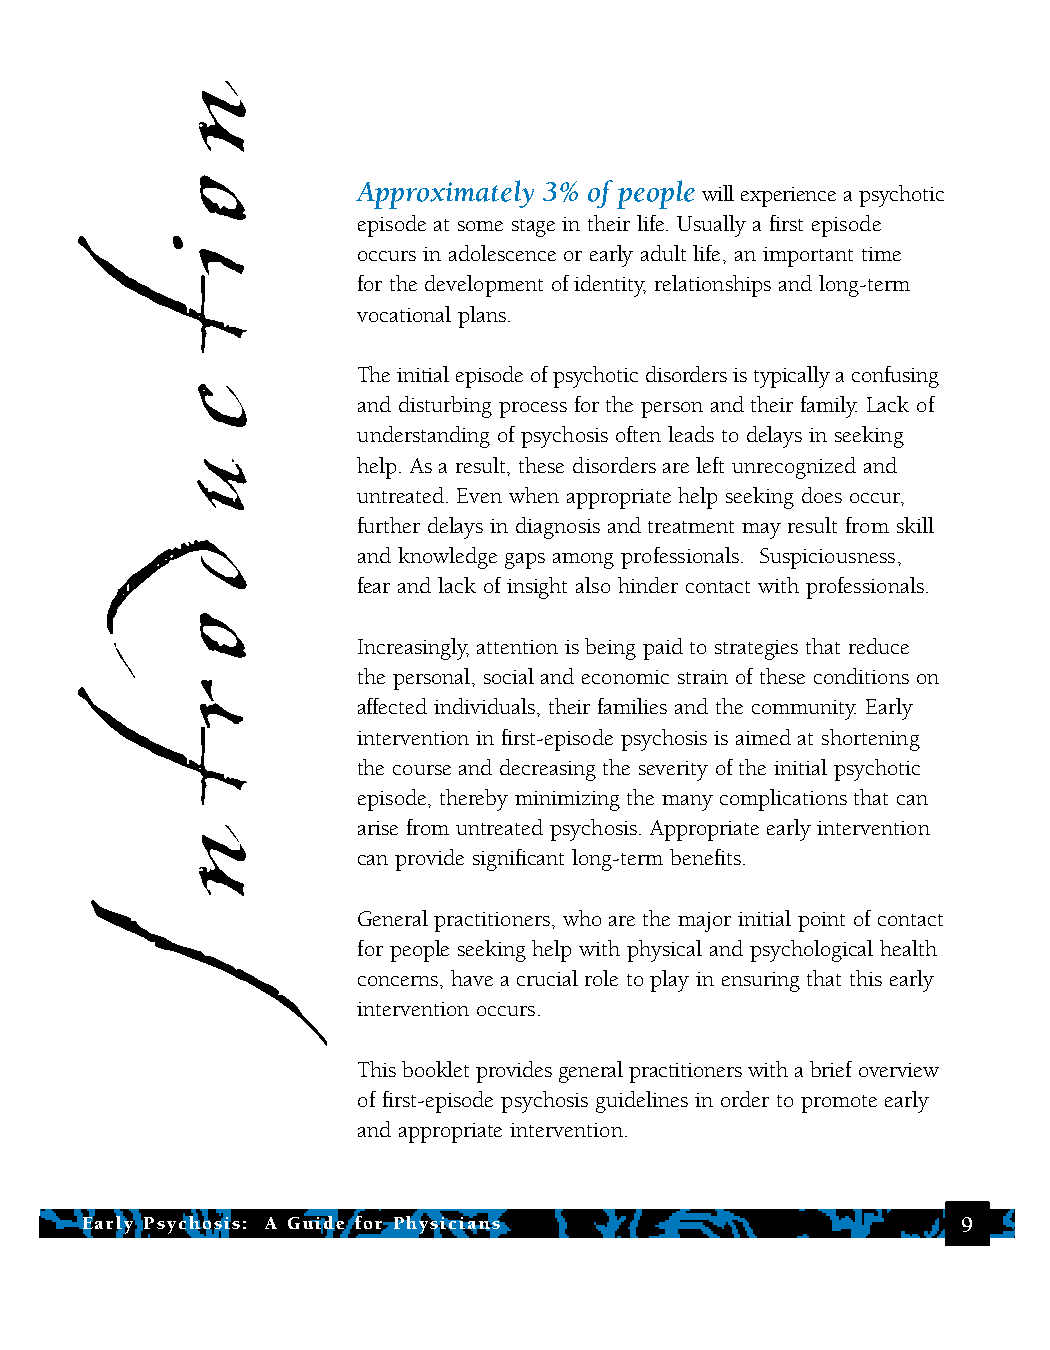
Approximately 3% of people will experience a psychotic
 episode at some stage in their life. Usually a first episode
 occurs in adolescence or early adult life, an important time
 for the development of identity, relationships and long-term
 vocational plans.
 The initial episode of psychotic disorders is typically a confusing
 and disturbing process for the person and their family. Lack of
 understanding of psychosis often leads to delays in seeking
 help. As a result, these disorders are left unrecognized and
 untreated. Even when appropriate help seeking does occur,
 further delays in diagnosis and treatment may result from skill
 and knowledge gaps among professionals. Suspiciousness,
 fear and lack of insight also hinder contact with professionals.
 Increasingly, attention is being paid to strategies that reduce
 the personal, social and economic strain of these conditions on
 affected individuals, their families and the community. Early
 intervention in first-episode psychosis is aimed at shortening
 the course and decreasing the severity of the initial psychotic
 episode, thereby minimizing the many complications that can
 arise from untreated psychosis. Appropriate early intervention
 can provide significant long-term benefits.
 General practitioners, who are the major initial point of contact
 for people seeking help with physical and psychological health
 concerns, have a crucial role to play in ensuring that this early
 intervention occurs.
 This booklet provides general practitioners with a brief overview
 of first-episode psychosis guidelines in order to promote early
 and appropriate intervention.
 Early Psychosis: A Guide for Physicians                    9
 n
 o
 i
 t
 c
 u
 d
 o
 r
 t
 n
 I